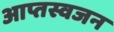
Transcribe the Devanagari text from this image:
आप्तस्वजन